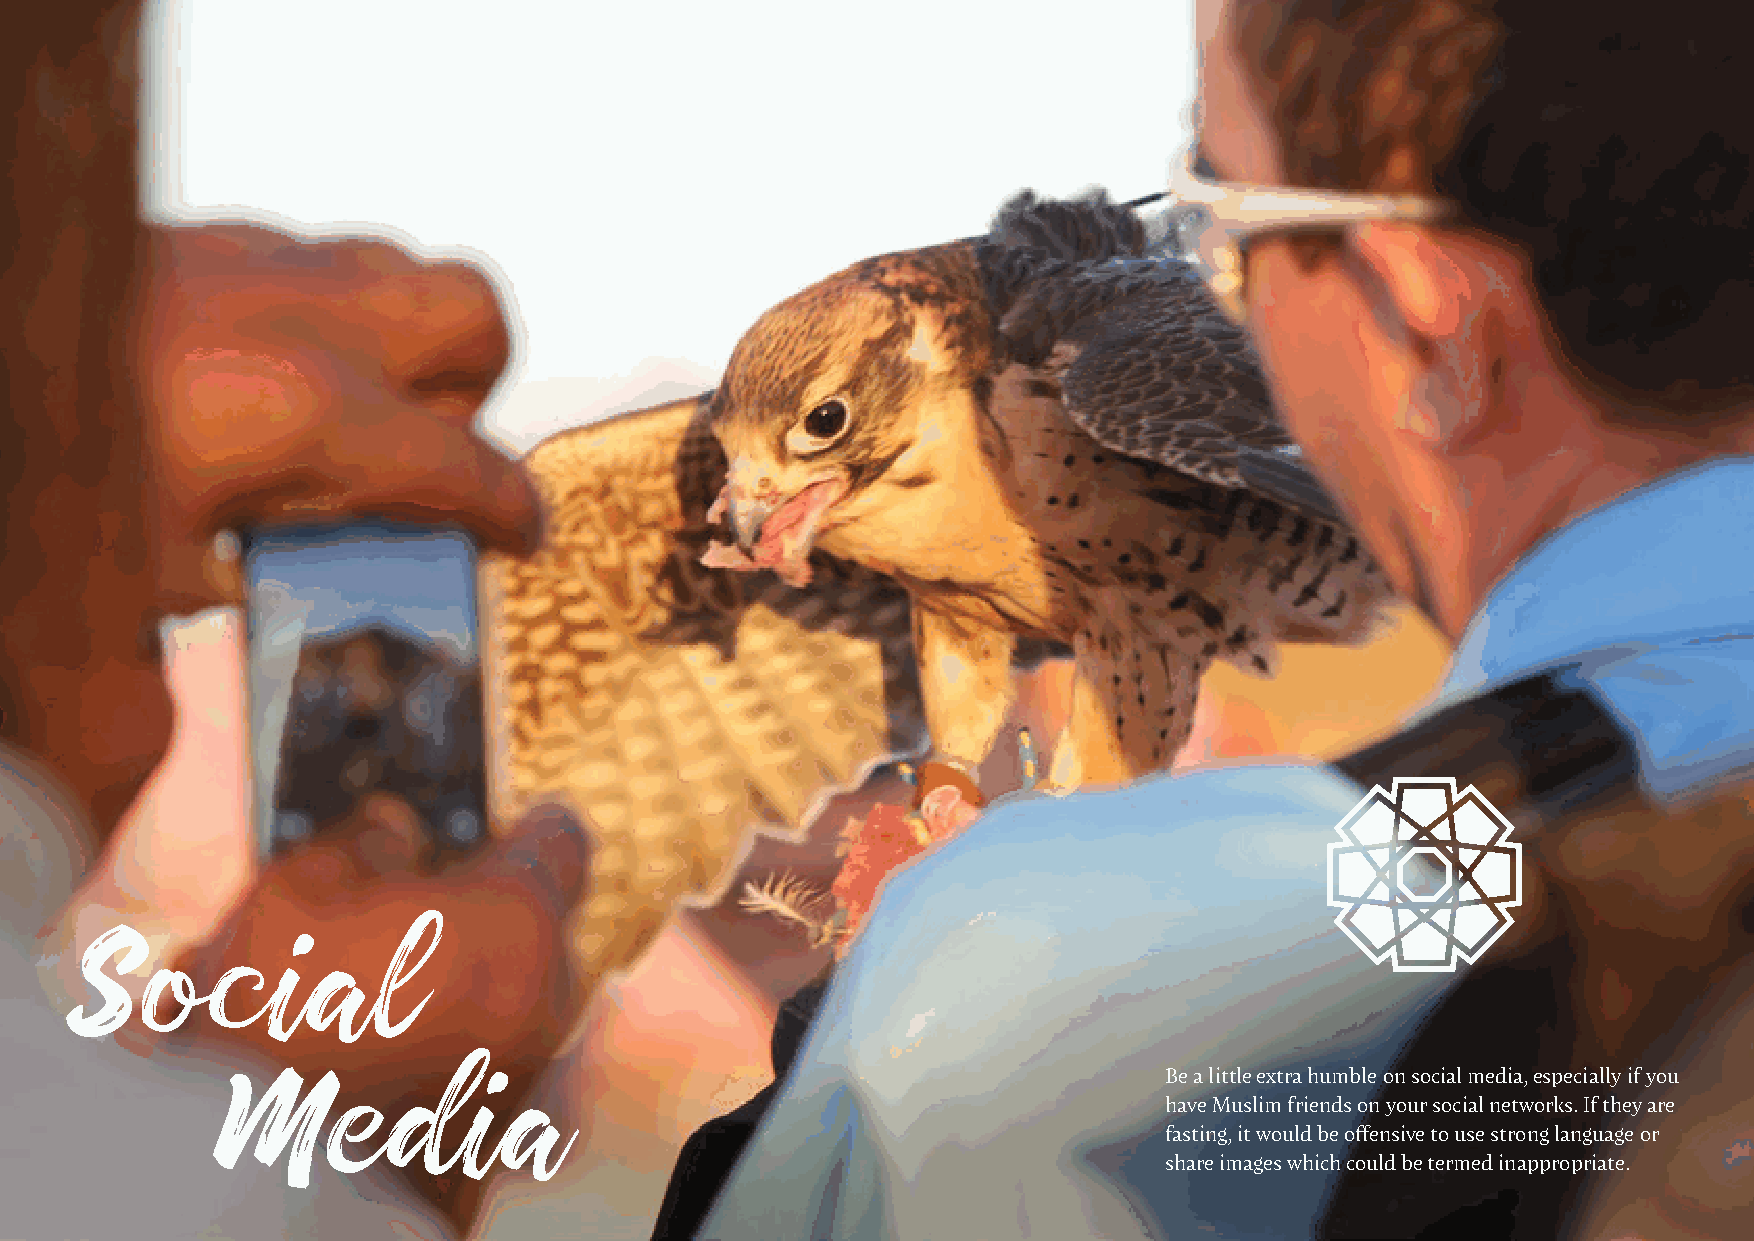
Social
 Be a little extra humble on social media, especially if you
 have Muslim friends on your social networks. If they are
 Media
 fasting, it would be offensive to use strong language or
 share images which could be termed inappropriate.